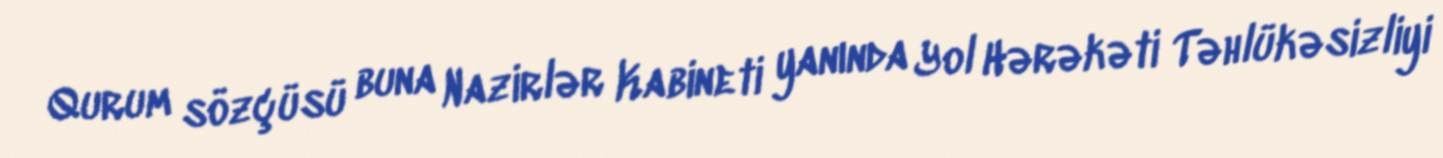
Qurum sözçüsü buna Nazirlər Kabineti yanında Yol Hərəkəti Təhlükəsizliyi